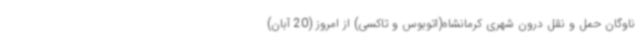
ناوگان حمل و نقل درون شهری کرمانشاه(اتوبوس و تاکسی) از امروز (20 آبان)